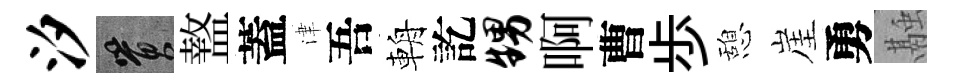
汐篔盩蓋津吾輈訖甥啊曹歩憩崖勇融